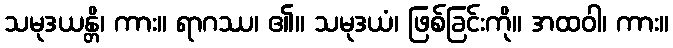
သမုဒယန္တိ၊ ကား။ ရာဂဿ၊ ၏။ သမုဒယံ၊ ဖြစ်ခြင်းကို။ အထဝါ၊ ကား။